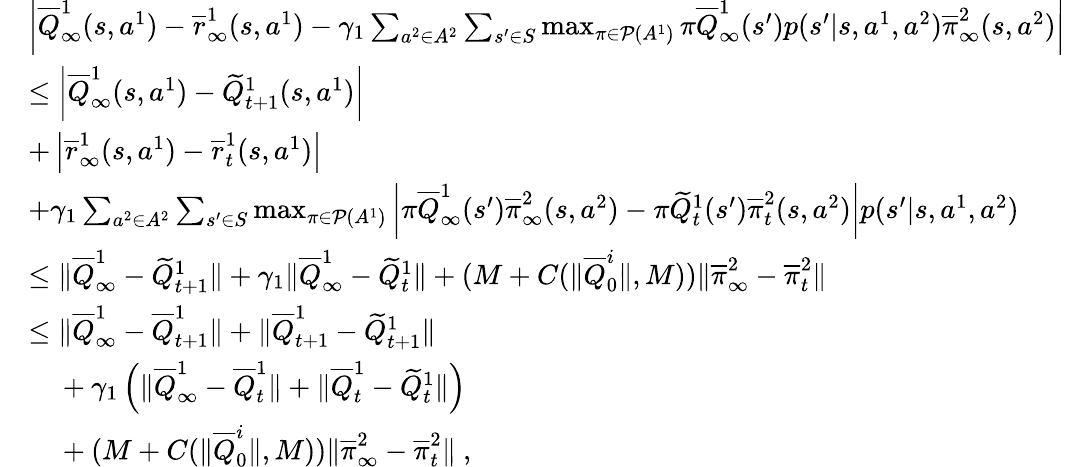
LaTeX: \begin{array}{rl}&{\left|\overline{{Q}}_{\infty}^{1}(s,a^{1})-\overline{{r}}_{\infty}^{1}(s,a^{1})-\gamma_{1}\sum_{a^{2}\in A^{2}}\sum_{s^{\prime}\in S}\operatorname*{max}_{\pi\in\mathcal P(A^{1})}\pi\overline{{Q}}_{\infty}^{1}(s^{\prime})p(s^{\prime}|s,a^{1},a^{2})\overline{{\pi}}_{\infty}^{2}(s,a^{2})\right|}\\ &{\leq\left|\overline{{Q}}_{\infty}^{1}(s,a^{1})-\widetilde{Q}_{t+1}^{1}(s,a^{1})\right|}\\ &{+\left|\overline{{r}}_{\infty}^{1}(s,a^{1})-\overline{{r}}_{t}^{1}(s,a^{1})\right|}\\ &{+\gamma_{1}\sum_{a^{2}\in A^{2}}\sum_{s^{\prime}\in S}\operatorname*{max}_{\pi\in\mathcal P(A^{1})}\left|\pi\overline{{Q}}_{\infty}^{1}(s^{\prime})\overline{{\pi}}_{\infty}^{2}(s,a^{2})-\pi\widetilde{Q}_{t}^{1}(s^{\prime})\overline{{\pi}}_{t}^{2}(s,a^{2})\right|p(s^{\prime}|s,a^{1},a^{2})}\\ &{\leq\| \overline{{Q}}_{\infty}^{1}-\widetilde{Q}_{t+1}^{1}\| +\gamma_{1}\| \overline{{Q}}_{\infty}^{1}-\widetilde{Q}_{t}^{1}\| +(M+C(\| \overline{{Q}}_{0}^{i}\| ,M))\| \overline{{\pi}}_{\infty}^{2}-\overline{{\pi}}_{t}^{2}\| }\\ &{\leq\| \overline{{Q}}_{\infty}^{1}-\overline{{Q}}_{t+1}^{1}\| +\| \overline{{Q}}_{t+1}^{1}-\widetilde{Q}_{t+1}^{1}\| }\\ &{~~~~+\gamma_{1}\left(\| \overline{{Q}}_{\infty}^{1}-\overline{{Q}}_{t}^{1}\| +\| \overline{{Q}}_{t}^{1}-\widetilde{Q}_{t}^{1}\| \right)}\\ &{~~~~+(M+C(\| \overline{{Q}}_{0}^{i}\| ,M))\| \overline{{\pi}}_{\infty}^{2}-\overline{{\pi}}_{t}^{2}\| \ ,}\end{array}